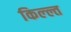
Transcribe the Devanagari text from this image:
किल्ल्त